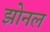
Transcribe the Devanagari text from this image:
झोनल